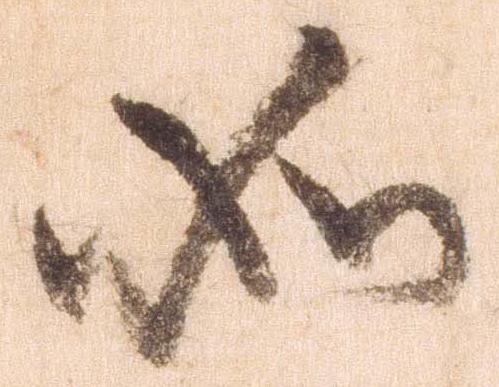
如